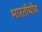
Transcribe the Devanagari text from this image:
भारतीयीय